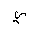
Letter: _ya